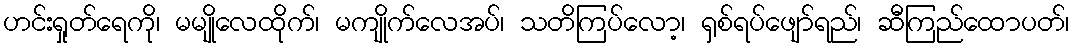
ဟင်းရှုတ်ရေကို၊ မမျိုလေထိုက်၊ မကျိုက်လေအပ်၊ သတိကြပ်လော့၊ ရှစ်ရပ်ဖျော်ရည်၊ ဆီကြည်ထောပတ်၊